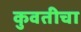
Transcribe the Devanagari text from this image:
कुवतीचा